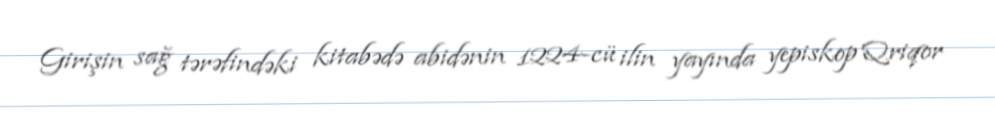
Girişin sağ tərəfindəki kitabədə abidənin 1224-cü ilin yayında yepiskop Qriqor